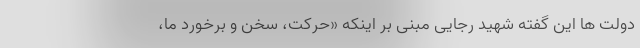
دولت ها این گفته شهید رجایی مبنی بر اینکه «حرکت، سخن و برخورد ما،